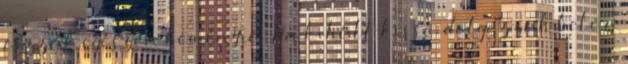
főzzük egészen keményre. Ha kihűlt kissé, dolgozzuk bele a